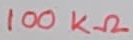
Text: 100KΩ